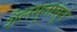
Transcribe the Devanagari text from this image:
शैलसुतासुतं